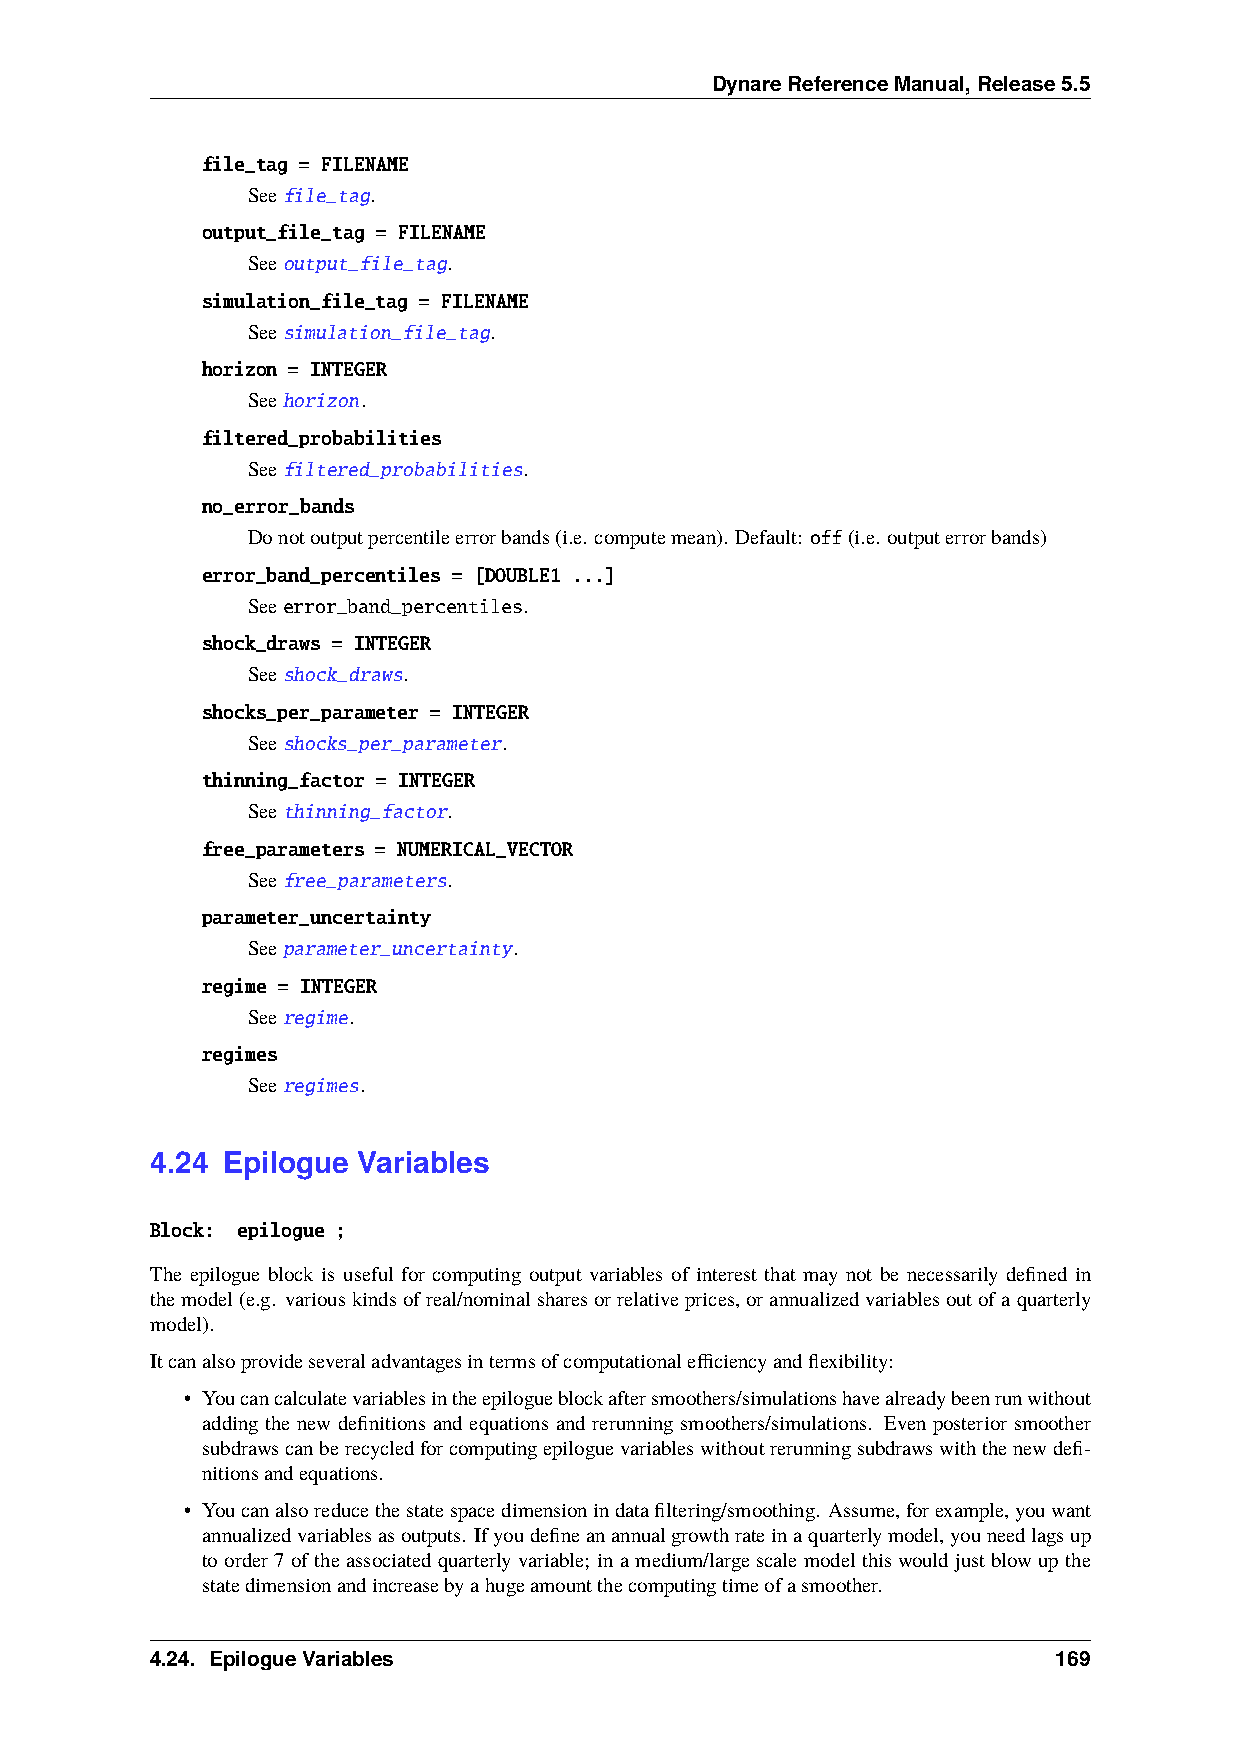
DynareReferenceManual,Release5.5
 file_tag = FILENAME
 Seefile_tag.
 output_file_tag = FILENAME
 Seeoutput_file_tag.
 simulation_file_tag = FILENAME
 Seesimulation_file_tag.
 horizon = INTEGER
 Seehorizon.
 filtered_probabilities
 Seefiltered_probabilities.
 no_error_bands
 Donotoutputpercentileerrorbands(i.e. computemean). Default: off(i.e. outputerrorbands)
 error_band_percentiles = [DOUBLE1 ...]
 Seeerror_band_percentiles.
 shock_draws = INTEGER
 Seeshock_draws.
 shocks_per_parameter = INTEGER
 Seeshocks_per_parameter.
 thinning_factor = INTEGER
 Seethinning_factor.
 free_parameters = NUMERICAL_VECTOR
 Seefree_parameters.
 parameter_uncertainty
 Seeparameter_uncertainty.
 regime = INTEGER
 Seeregime.
 regimes
 Seeregimes.
 4.24 Epilogue Variables
 Block: epilogue ;
 The epilogue block is useful for computing output variables of interest that may not be necessarily defined in
 themodel(e.g. variouskindsofreal/nominalsharesorrelativeprices,orannualizedvariablesoutofaquarterly
 model).
 Itcanalsoprovideseveraladvantagesintermsofcomputationalefficiencyandflexibility:
 • Youcancalculatevariablesintheepilogueblockaftersmoothers/simulationshavealreadybeenrunwithout
 adding the new definitions and equations and rerunning smoothers/simulations. Even posterior smoother
 subdrawscanberecycledforcomputingepiloguevariableswithoutrerunningsubdrawswiththenewdefi-
 nitionsandequations.
 • Youcanalsoreducethestatespacedimensionindatafiltering/smoothing. Assume,forexample,youwant
 annualizedvariablesasoutputs. Ifyoudefineanannualgrowthrateinaquarterlymodel,youneedlagsup
 toorder7oftheassociatedquarterlyvariable; inamedium/largescalemodelthiswouldjustblowupthe
 statedimensionandincreasebyahugeamountthecomputingtimeofasmoother.
 4.24. EpilogueVariables                                     169